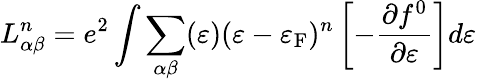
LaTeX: L_{\alpha\beta}^{n}=e^{2}\int\sum_{\alpha\beta}(\varepsilon)(\varepsilon-\varepsilon_{\mathrm{F}})^{n}\left[-\frac{\partial f^{0}}{\partial\varepsilon}\right]d\varepsilon